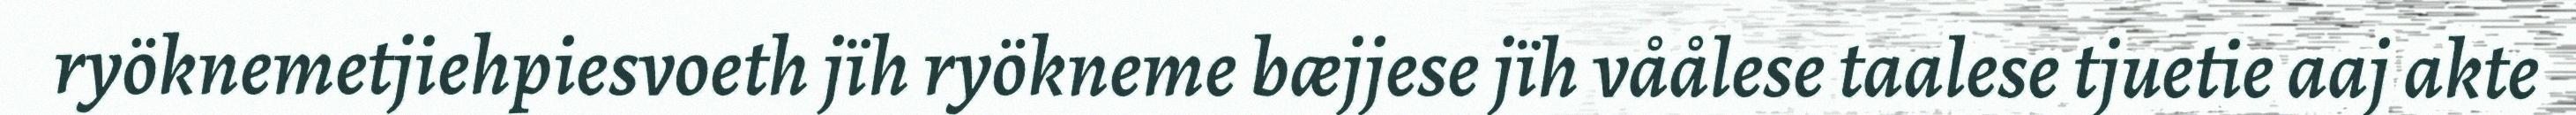
ryöknemetjiehpiesvoeth jïh ryökneme bæjjese jïh våålese taalese tjuetie aaj akte